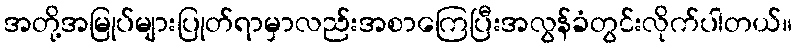
အတို့အမြုပ်များပြုတ်ရာမှာလည်းအစာကြေပြီးအလွန်ခံတွင်းလိုက်ပါတယ်။